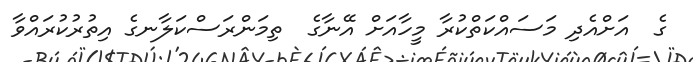
ގެ  އަށްއެދި މަސައްކަތްކުރާ މީހާއަށް އޭނާގެ  ތިމަންރަސްކަލާނގެ އިތުރުކުރައްވާ